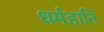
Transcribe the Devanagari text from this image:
धर्महानि